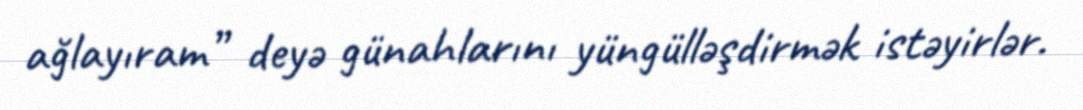
ağlayıram” deyə günahlarını yüngülləşdirmək istəyirlər.